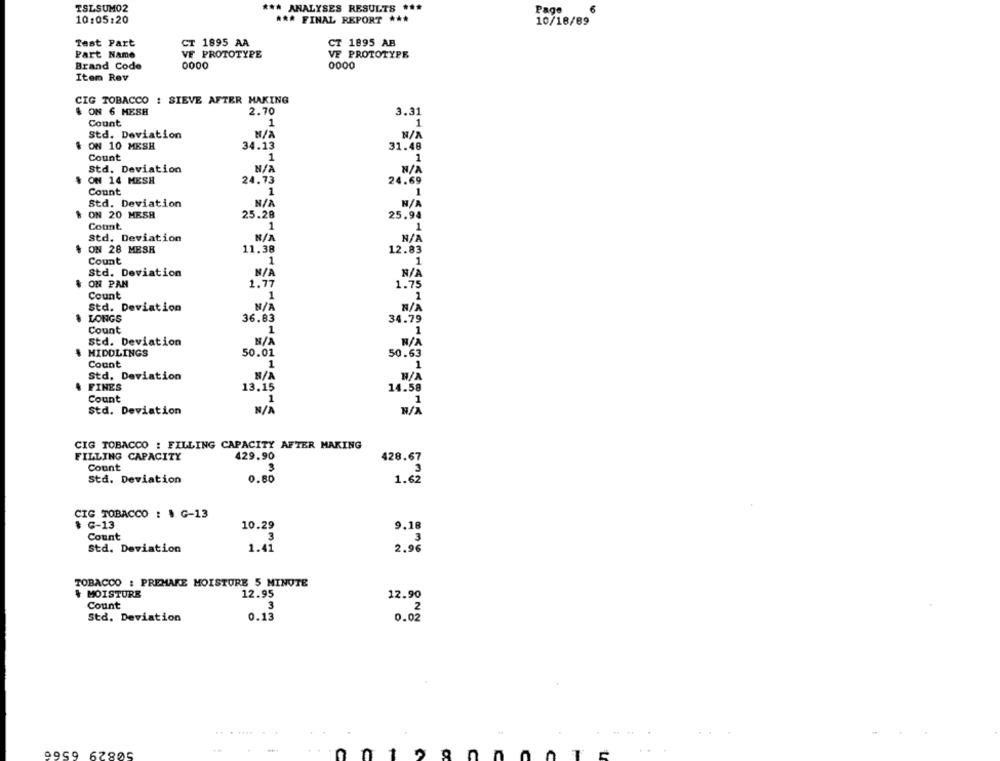
TSLSUM02
*** ANALYSES RESULTS ***
Page
6
10:05:20
*** FINAL REPORT ***
10/18/89
Test Part
CT 1895 AA
CT 1895 AB
Part Name
VF PROTOTYPE
VE PROTOTYPE
Brand Code
0000
0000
Item Rev
CIG TOBACCO : SIEVE AFTER MAKING
# ON 6 MESH
2.70
3.31
Count
1
1
Std. Deviation
34.13
ON 10 MESH
31.48
Count
1
1
Std. Deviation
ON 14 MESH
24.73
24.69
Count
1
1
Std. Deviation
ON 20 MESH
25.28
25.94
Count
1
1
Std. Deviation
ON 28 MESH
11.38
12.83
Count
1
1
Std. Deviation
ON PAN
1.77
1.75
Count
1
1
Std. Deviation
LONGS
36.83
34.79
Count
1
1
Std. Deviation
MIDDLINGS
50.01
50.63
Count
1
1
Std. Deviation
W/A
FINES
13.15
14.58
Count
1
1
Std. Deviation
CIG TOBACCO : FILLING CAPACITY AFTER MAKING
FILLING CAPACITY
429.90
428.67
Count
3
Std. Deviation
0.80
1.62
CIG TOBACCO : . G-13
* C-13
10.29
9.18
Count
3
3
Std. Deviation
1.41
2.96
TOBACCO : PREMARE MOISTURE 5 MINUTE
MOISTURE
12.95
12.90
Count
3
Std. Deviation
0.13
0.02
2
62805
1
nn